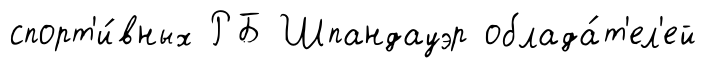
спорт'и́вных РБ Шпандауэр облада́т'ел'ей